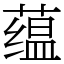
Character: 蕴